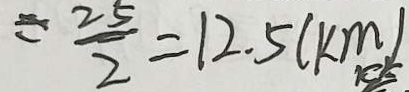
= \frac { 2 5 } { 2 } = 1 2 . 5 ( k m )